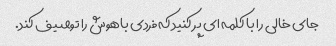
جای خالی را با کلمه ای پر کنید که فردی باهوش را توصیف کند.